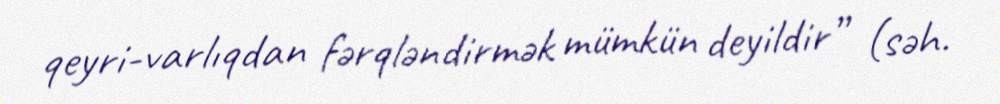
qeyri-varlıqdan fərqləndirmək mümkün deyildir” (səh.